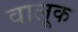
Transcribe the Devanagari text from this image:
वालूक